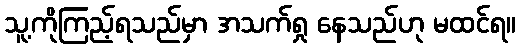
သူ့ကိုကြည့်ရသည်မှာ အသက်ရှု နေသည်ဟု မထင်ရ။